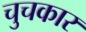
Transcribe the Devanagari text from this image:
चुचकार